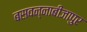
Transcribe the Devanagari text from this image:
बसवन्नाबीजापुर